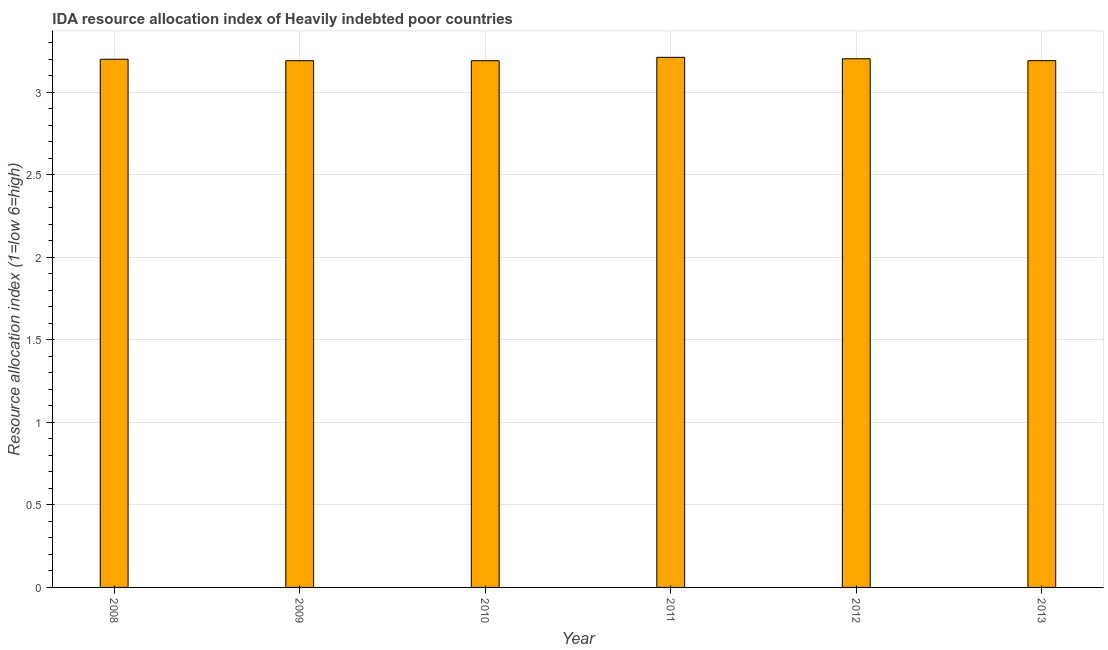
| Year | IDA resource allocation index |
 | --- | --- |
 | 2008 | 3.2 |
 | 2009 | 3.19 |
 | 2010 | 3.19 |
 | 2011 | 3.21 |
 | 2012 | 3.2 |
 | 2013 | 3.19 |